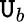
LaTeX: \mathtt{U}_{b}